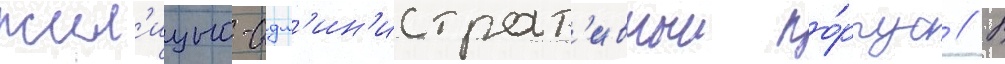
жил'ищно-адм'ин'истрат'ивныи ко́рпус // В